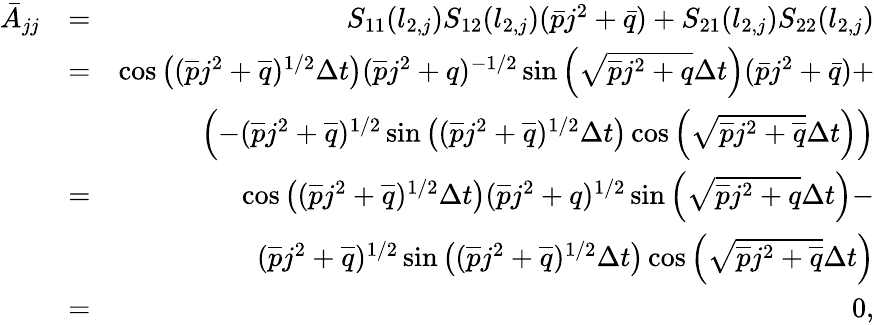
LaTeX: \begin{array}{rlr}{\bar{A}_{jj}}&{=}&{S_{11}(l_{2,j})S_{12}(l_{2,j})(\bar{p}j^{2}+\bar{q})+S_{21}(l_{2,j})S_{22}(l_{2,j})}\\ &{=}&{\cos\left((\overline{{p}}j^{2}+\overline{{q}})^{1/2}\Delta t\right)(\overline{{p}}j^{2}+q)^{-1/2}\sin\left(\sqrt{\overline{{p}}j^{2}+q}\Delta t\right)(\bar{p}j^{2}+\bar{q})+}\\ &{}&{\left(-(\overline{{p}}j^{2}+\overline{{q}})^{1/2}\sin\left((\overline{{p}}j^{2}+\overline{{q}})^{1/2}\Delta t\right)\cos\left(\sqrt{\overline{{p}}j^{2}+\overline{{q}}}\Delta t\right)\right)}\\ &{=}&{\cos\left((\overline{{p}}j^{2}+\overline{{q}})^{1/2}\Delta t\right)(\overline{{p}}j^{2}+q)^{1/2}\sin\left(\sqrt{\overline{{p}}j^{2}+q}\Delta t\right)-}\\ &{}&{(\overline{{p}}j^{2}+\overline{{q}})^{1/2}\sin\left((\overline{{p}}j^{2}+\overline{{q}})^{1/2}\Delta t\right)\cos\left(\sqrt{\overline{{p}}j^{2}+\overline{{q}}}\Delta t\right)}\\ &{=}&{0,}\end{array}